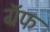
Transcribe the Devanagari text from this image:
ग्रॅफ